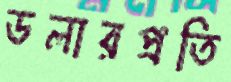
ডলারপ্রতি